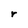
Character: r